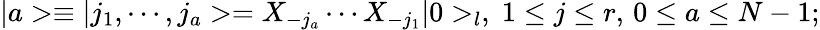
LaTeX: \vert a>\equiv\vert j_{1},\cdots,j_{a}>=X_{-j_{a}}\cdots X_{-j_{1}}\vert 0>_{l},\; 1\leq j\leq r,\, 0\leq a\leq N-1;